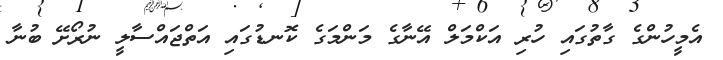
އެމީހުންގެ ގާތުގައި ހުރި އަކްމަލް އޭނާގެ މަންމަގެ ކޮނޑުގައި އަތްޖައްސާލީ ނުރޯށޭ ބުނާ